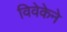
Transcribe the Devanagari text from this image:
विवेकेने